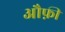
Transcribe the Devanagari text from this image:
औफ़ी